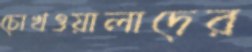
চোখওয়ালাদের